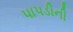
પાપડીની